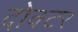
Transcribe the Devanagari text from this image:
दोक्टर